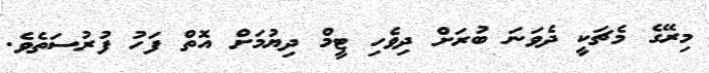
މިރޭގެ މެޗަކީ ދެވަނަ ބުރަށް ދިވެހި ޓީމް ދިޔުމަށް އޮތް ފަހު ފުރުސަތެވެ.